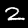
Digit: 2